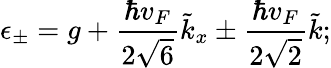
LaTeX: \epsilon_{\pm}=g+\frac{\hbar v_{F}}{2\sqrt{6}}\tilde{k}_{x}\pm\frac{\hbar v_{F}}{2\sqrt{2}}\tilde{k};